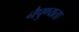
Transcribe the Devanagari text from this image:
नैपुण्यता